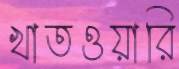
খাতওয়ারি